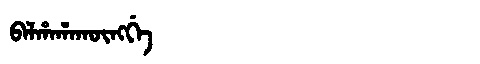
Manchu: ᠪᠠᠯᡥᠠᡥᠠᡴᡡᠩᡤᡝ
Romanization: BALHAHAKŪNGGE